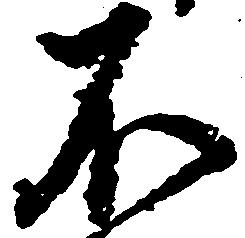
不